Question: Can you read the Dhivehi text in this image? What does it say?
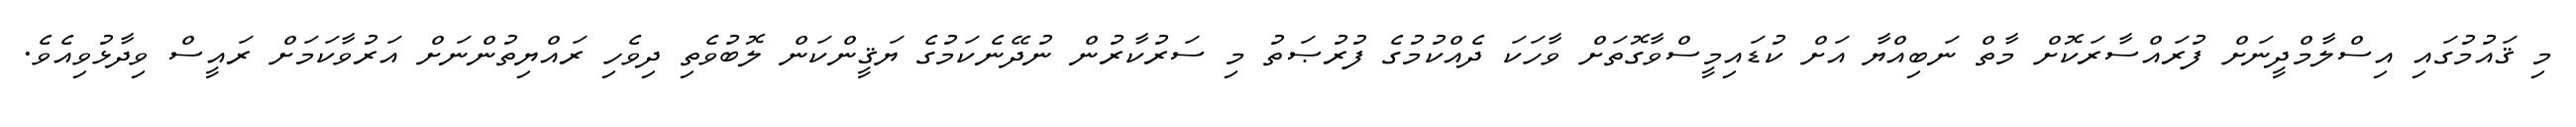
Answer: މި ޤައުމުގައި އިސްލާމްދީނަށް ފުރައްސާރަކޮށް މާތް ނަބިއްޔާ އަށް ކުޑައިމީސްވާގޮތަށް ވާހަކަ ދެއްކުމުގެ ފުރުޞަތު މި ސަރުކާރުން ނުދޭނެކަމުގެ ޔަޤީންކަން ލޮބުވެތި ދިވެހި ރައްޔިތުންނަށް އަރުވާކަމަށް ރައީސް ވިދާޅުވިއެވެ.